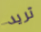
تريد